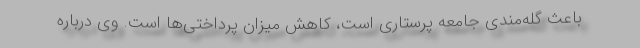
باعث گله‌مندی جامعه پرستاری است، کاهش میزان پرداختی‌ها است. وی درباره